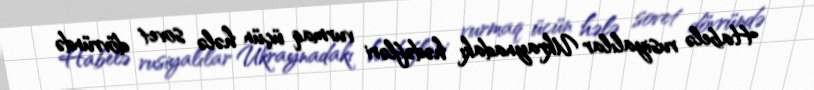
Habelə rusiyalılar Ukraynadakı hədəfləri vurmaq üçün hələ sovet dövründə